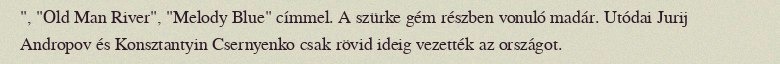
", "Old Man River", "Melody Blue" címmel. A szürke gém részben vonuló madár. Utódai Jurij Andropov és Konsztantyin Csernyenko csak rövid ideig vezették az országot.